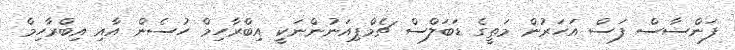
ފަންސާސް ފަސް އަހަރުން މަތީގެ ޑަބަލްސް ޗެމްޕިއަނުންނަކީ އިބްރާހިމް ހުސެން އާއި އިބްރާހިމް